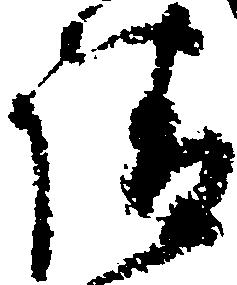
請